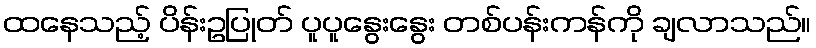
ထနေသည့် ပိန်းဥပြုတ် ပူပူနွေးနွေး တစ်ပန်းကန်ကို ချလာသည်။